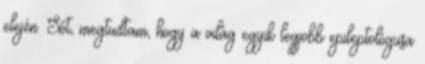
elején. Sőt, megtudtam, hogy a világ egyik legjobb epileptológusa